Civil Veterinary Department Bihar & Orissa reports 1922-29 - 1922-1929
Year: 1922
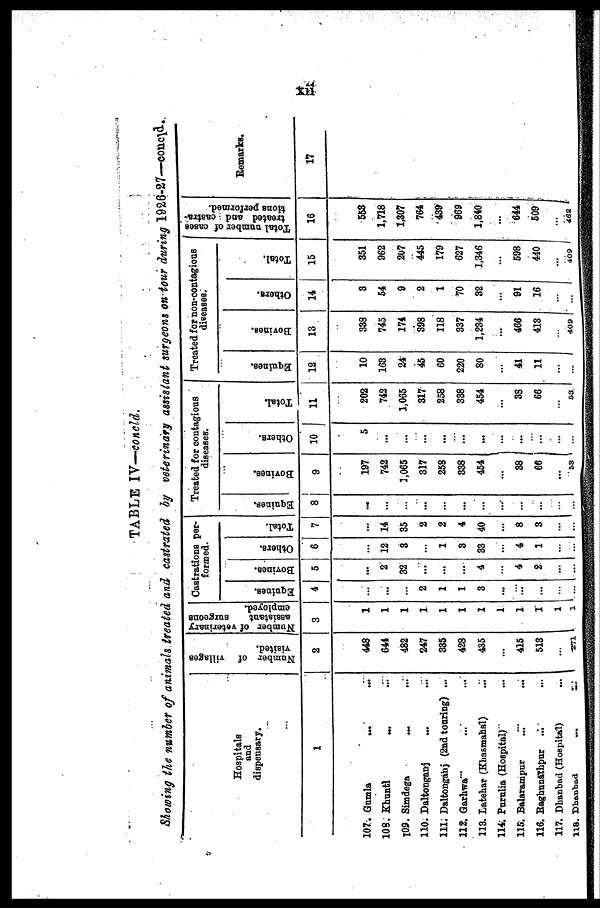
TABLE lV—concld.
Showing the number of animals treated and castrated by veterinary assistant surgeons on tour during 1926-27—concld.
Hospitals
and
dispensary.
1
107.
108.
I09.
110.
111.
11?.
113.
114.
115.
116.
117.
118.
Gumla
...
...
Khuntl
Simdega
...
Daltonganj
...
Daltonganj (2nd touring) ...
Qarhwa
Latehar (Khasmahal)
Purnlia (Hospital)
Balarampur
Eaghnnathpur
Dhanbad (Hospital)
Dhtmbad
...
Number of villages
visited.
2
448
641
482
247
835
428
435
...
415
518
...
271
Number of veterinary
assistant
surgeons
employed.
3
1
1
1
1
1
1
1
1
1
1
1
1 I
Castrations per-
formed.
Equiues.
4
...
...
...
2
1
1
3
...
...
...
...
1 ...
Bovines.
5
...
2
32
...
...
...
4
...
4
2
...
...
Others.
6
...
12
8
...
1
8
33
...
4
1
...
...
Total.
7
...
14
35
2
2
4
40
...
8
3
...
...
Treated for contagious
diseases.
Equinea.
8
...
...
...
...
...
...
...
...
...
...
...
...
Bovines.
9
197
742
3,065
317
258
838
454
...
38
66 1
...
53
Others.
10
5
...
...
...
...
...
...
...
...
...
...
...
Total.
11
202
742
1,065
317
258
338
454
...
38
66
...
53
Treated for non-contagious
diseases.
Equines.
12
10
163
24
45
60
220
80
...
41
11
...
...
Bovines.
13
338
745
174
398
118
337
1,234
...
466
413
...
409
Others.
14
8
54
9
2
1
70
32
...
91
16
...
...
Total.
15
351
962
207
445
179
627
1,346
598
440
...
409
Total number of cases
treated and castra-
tions performed.
16
553
1,718
1,307
764
439
969
1,840
...
644
509
...
462
Remarks.
17